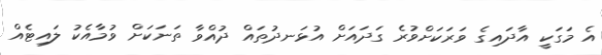
އެ މަގަކީ އާދައިގެ ވަރަކަށްވުރެ ގަދައަށް އުޅަނދުތައް ދުއްވާ ތަނަކަށް ވުމާއެކު ލައިޓެއް